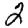
Digit: 2